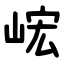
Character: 峵